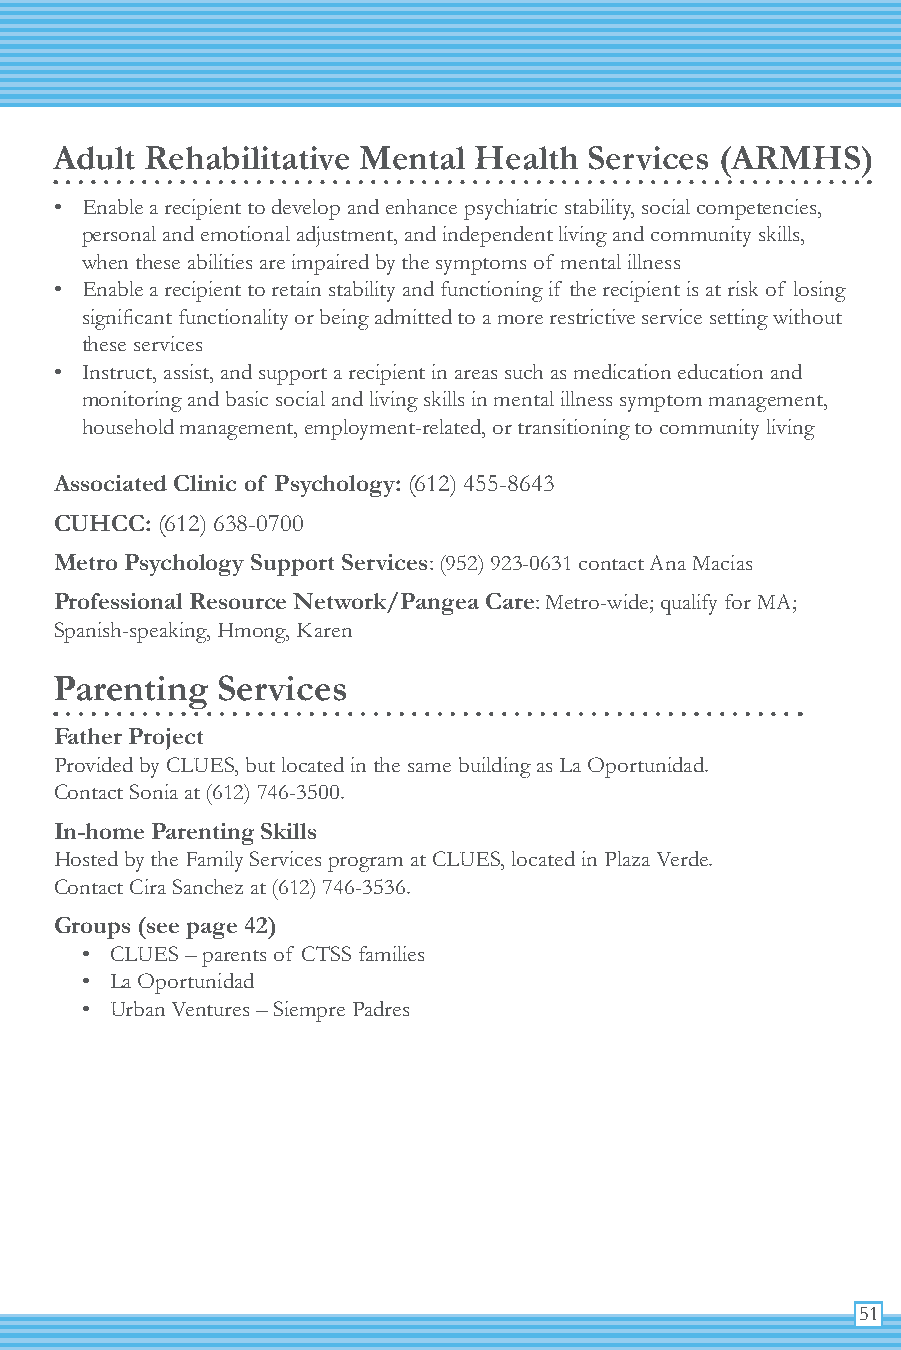
Adult Rehabilitative Mental Health Services (ARMHS)
 • Enable a recipient to develop and enhance psychiatric stability, social competencies,
 personal and emotional adjustment, and independent living and community skills,
 when these abilities are impaired by the symptoms of mental illness
 • Enable a recipient to retain stability and functioning if the recipient is at risk of losing
 significant functionality or being admitted to a more restrictive service setting without
 these services
 • Instruct, assist, and support a recipient in areas such as medication education and
 monitoring and basic social and living skills in mental illness symptom management,
 household management, employment-related, or transitioning to community living
 Associated Clinic of Psychology: (612) 455-8643
 CUHCC: (612) 638-0700
 Metro Psychology Support Services: (952) 923-0631 contact Ana Macias
 Professional Resource Network/Pangea Care: Metro-wide; qualify for MA;
 Spanish-speaking, Hmong, Karen
 Parenting Services
 Father Project
 Provided by CLUES, but located in the same building as La Oportunidad.
 Contact Sonia at (612) 746-3500.
 In-home Parenting Skills
 Hosted by the Family Services program at CLUES, located in Plaza Verde.
 Contact Cira Sanchez at (612) 746-3536.
 Groups (see page 42)
 • CLUES – parents of CTSS families
 • La Oportunidad
 • Urban Ventures – Siempre Padres
 51